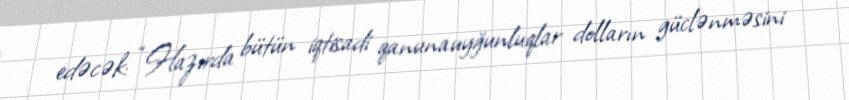
edəcək: “Hazırda bütün iqtisadi qanunauyğunluqlar dolların güclənməsini